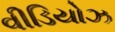
વીડિયોઝ